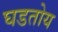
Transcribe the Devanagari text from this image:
घडतोय